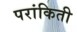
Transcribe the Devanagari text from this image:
परांकिती